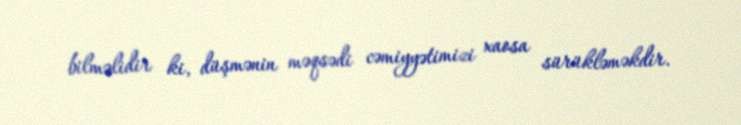
bilməlidir ki, düşmənin məqsədi cəmiyyətimizi xaosa sürükləməkdir.